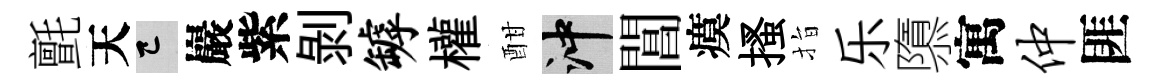
氈天巳巖紫剥罅權酣冲閶瘼搔指乐隳寓仲匪